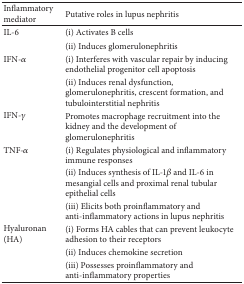
<table><thead><tr><td><b>Inflammatory mediator</b></td><td><b>Putative roles in lupus nephritis</b></td></tr></thead><tbody><tr><td>IL-6</td><td>(i) Activates B cells </td></tr><tr><td> </td><td>(ii) Induces glomerulonephritis</td></tr><tr><td rowspan="2">IFN-<i>α</i></td><td>(i) Interferes with vascular repair by inducing endothelial progenitor cell apoptosis </td></tr><tr><td>(ii) Induces renal dysfunction, glomerulonephritis, crescent formation, and tubulointerstitial nephritis</td></tr><tr><td>IFN-<i>γ</i></td><td>Promotes macrophage recruitment into the kidney and the development of glomerulonephritis</td></tr><tr><td rowspan="3">TNF-<i>α</i></td><td>(i) Regulates physiological and inflammatory immune responses </td></tr><tr><td>(ii) Induces synthesis of IL-1<i>β</i> and IL-6 in mesangial cells and proximal renal tubular epithelial cells </td></tr><tr><td>(iii) Elicits both proinflammatory and anti-inflammatory actions in lupus nephritis</td></tr><tr><td rowspan="3">Hyaluronan (HA)</td><td>(i) Forms HA cables that can prevent leukocyte adhesion to their receptors</td></tr><tr><td>(ii) Induces chemokine secretion</td></tr><tr><td>(iii) Possesses proinflammatory and anti-inflammatory properties</td></tr></tbody></table>